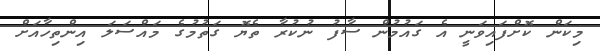
މިކަން ކޮށްފައިވަނީ އެ ގައުމުން ސާފު ނުކުރާ ތެޔޮ ގަތުމުގެ މައްސަލަ އިންތިހާއަށް